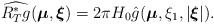
\begin{align*} \widehat{R^*_Tg}(\boldsymbol\mu, \boldsymbol\xi)=2\pi H_0\hat{g}(\boldsymbol\mu,\xi_1,|\boldsymbol\xi| ). \end{align*}